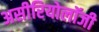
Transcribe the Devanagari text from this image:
असीरियोलॉजी